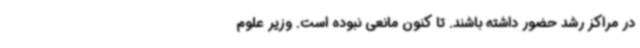
در مراکز رشد حضور داشته باشند. تا کنون مانعی نبوده است. وزیر علوم